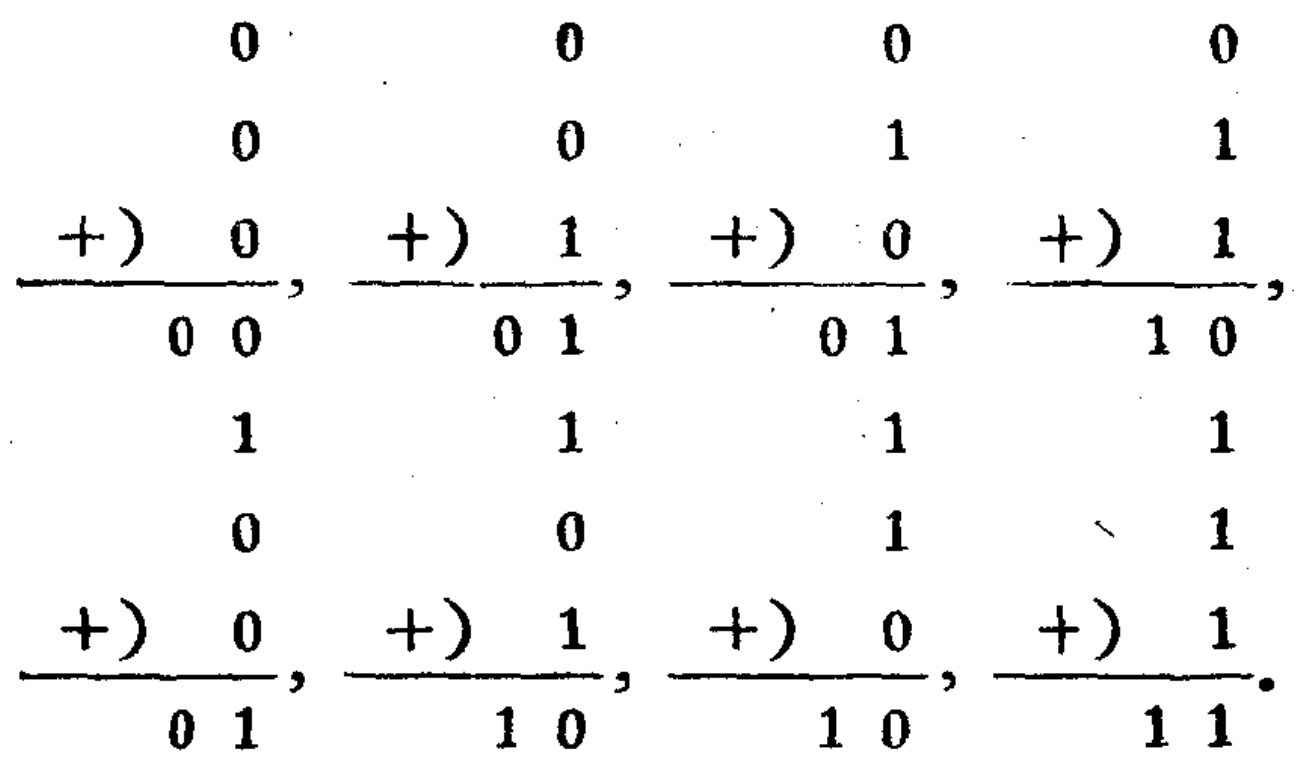
\[

\begin{array}{r r r r}

0 & 0 & 0 & 0 \\

0 & 0 & 1 & 1 \\

+)\ 0 & +)\ 1 & +)\ 0 & +)\ 1 \\

\hline

0\ 0 & 0\ 1 & 0\ 1 & 1\ 0 \\

\end{array}

\quad

\begin{array}{r r r r}

1 & 1 & 1 & 1 \\

0 & 0 & 1 & 1 \\

+)\ 0 & +)\ 1 & +)\ 0 & +)\ 1 \\

\hline

0\ 1 & 1\ 0 & 1\ 0 & 1\ 1 \\

\end{array}

\]